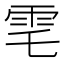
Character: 䨋